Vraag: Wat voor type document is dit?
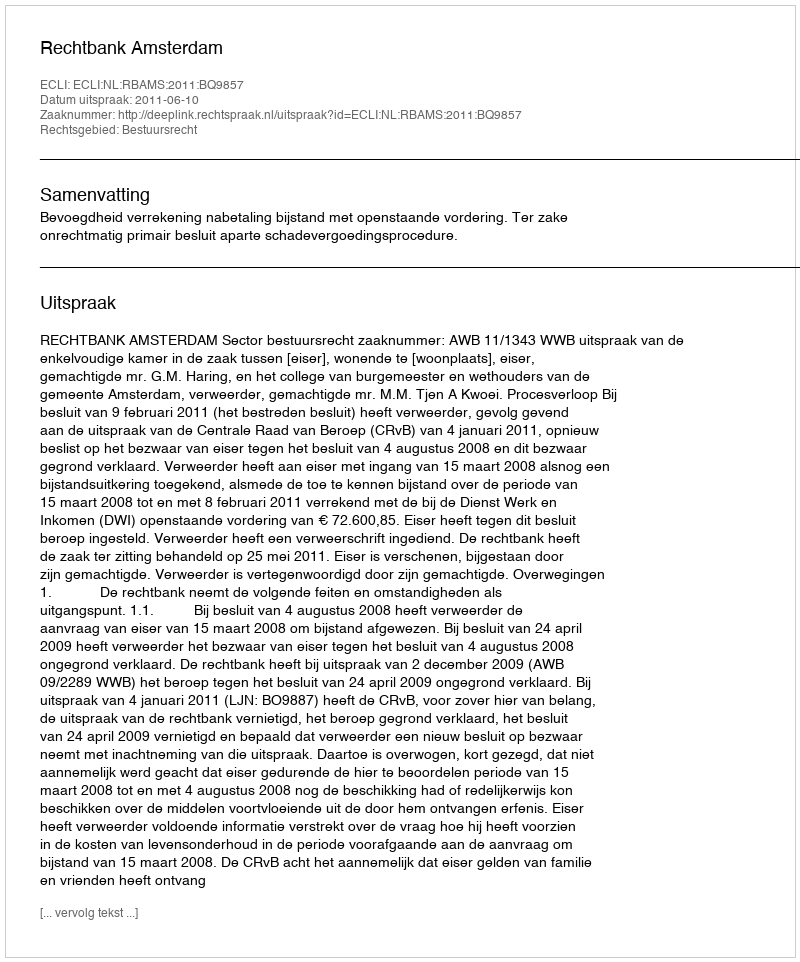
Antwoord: Uitspraak